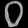
Digit: ၀